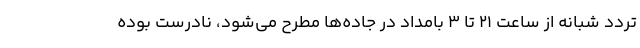
تردد شبانه از ساعت ۲۱ تا ۳ بامداد در جاده‌ها مطرح می‌شود، نادرست بوده